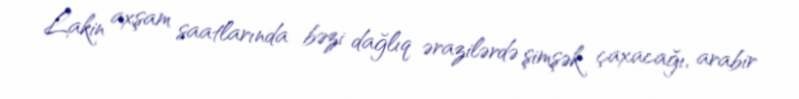
Lakin axşam saatlarında bəzi dağlıq ərazilərdə şimşək çaxacağı, arabir